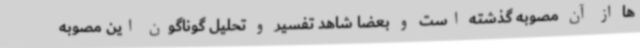
ها از آن مصوبه گذشته است و بعضا شاهد تفسیر و تحلیل گوناگون این مصوبه